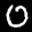
Label: 0